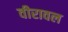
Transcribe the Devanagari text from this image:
वीरावल